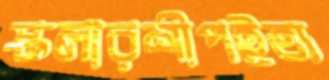
স্কলারশীপইত্য